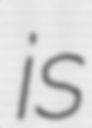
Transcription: is